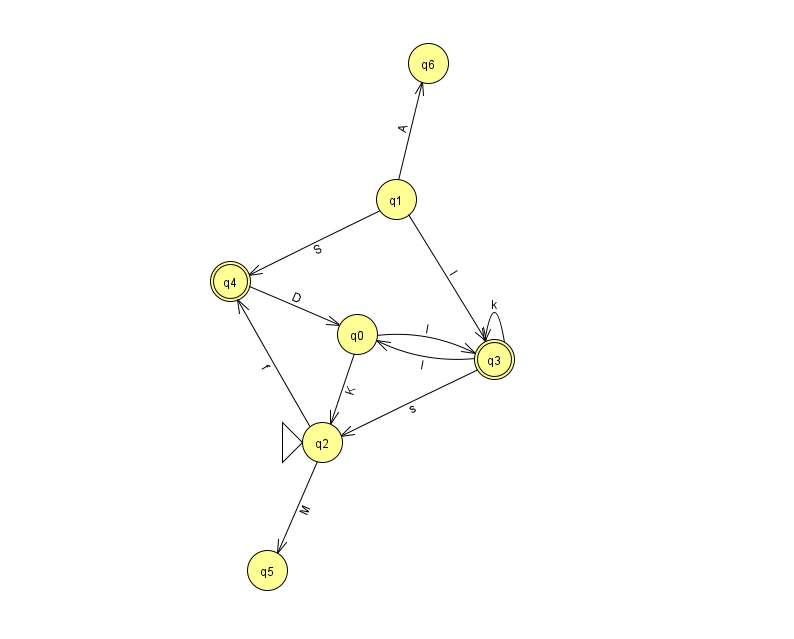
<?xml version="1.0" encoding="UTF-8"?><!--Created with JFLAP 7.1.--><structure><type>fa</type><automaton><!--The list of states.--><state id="0" name="q0"><x>357.0</x><y>321.0</y></state><state id="1" name="q1"><x>396.0</x><y>186.0</y></state><state id="2" name="q2"><x>322.0</x><y>429.0</y><initial/></state><state id="3" name="q3"><x>494.0</x><y>346.0</y><final/></state><state id="4" name="q4"><x>230.0</x><y>268.0</y><final/></state><state id="5" name="q5"><x>267.0</x><y>557.0</y></state><state id="6" name="q6"><x>428.0</x><y>50.0</y></state><!--The list of transitions.--><transition><from>1</from><to>3</to><read>I</read></transition><transition><from>3</from><to>0</to><read>I</read></transition><transition><from>3</from><to>2</to><read>s</read></transition><transition><from>0</from><to>2</to><read>K</read></transition><transition><from>0</from><to>3</to><read>l</read></transition><transition><from>2</from><to>4</to><read>f</read></transition><transition><from>4</from><to>0</to><read>D</read></transition><transition><from>2</from><to>5</to><read>M</read></transition><transition><from>3</from><to>3</to><read>k</read></transition><transition><from>1</from><to>4</to><read>S</read></transition><transition><from>1</from><to>6</to><read>A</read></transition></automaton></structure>